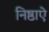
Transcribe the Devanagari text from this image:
निष्ठाऐ